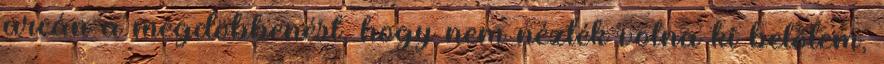
arcán a megdöbbenést, hogy nem nézték volna ki belőlem,